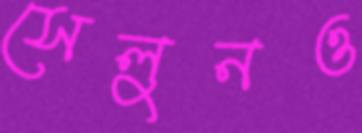
সেলুনও